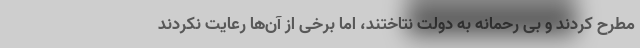
مطرح کردند و بی رحمانه به دولت نتاختند، اما برخی از آن‌ها رعایت نکردند